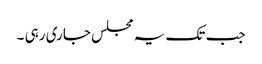
جب تک یہ مجلس جاری رہی ۔